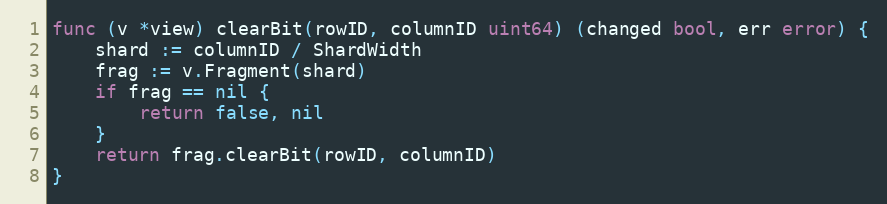
Language: Go
func (v *view) clearBit(rowID, columnID uint64) (changed bool, err error) {
	shard := columnID / ShardWidth
	frag := v.Fragment(shard)
	if frag == nil {
		return false, nil
	}
	return frag.clearBit(rowID, columnID)
}